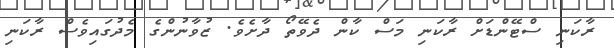
ރާކަނި ސްޓޭންޑަށް ރާކަނި މަސް ކާން ދެވޭތޯ ދާށެވެ. ޒުވާނުންގެ މެދުގައިވެސް ރާކަނި